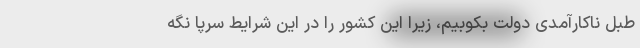
طبل ناکارآمدی دولت بکوبیم، زیرا این کشور را در این شرایط سرپا نگه